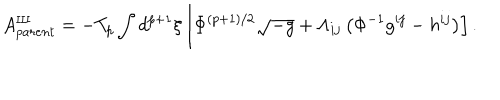
LaTeX: A _ { p a r e n t } ^ { \mathrm { I I I } } = - T _ { p } \int d ^ { p + 1 } { \xi } \left[ { \Phi } ^ { ( p + 1 ) / 2 } \sqrt { - g } + { \Lambda } _ { i j } \left( { \Phi } ^ { - 1 } g ^ { i j } - h ^ { i j } \right) \right] .